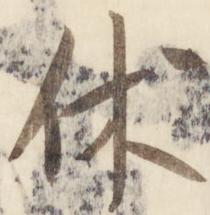
休